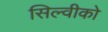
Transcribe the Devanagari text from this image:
सिल्वीको